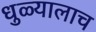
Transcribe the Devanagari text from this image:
धुळ्यालाच